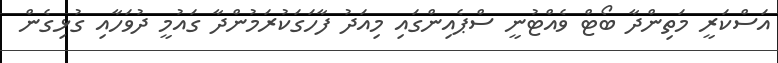
އަސްކަރީ މަތިންދާ ބޯޓް ވެއްޓުނީ ސްޕެއިންގައި މިއަދު ފާހަގަކުރަމުންދާ ގައުމީ ދުވަހާއި ގުޅިގެން